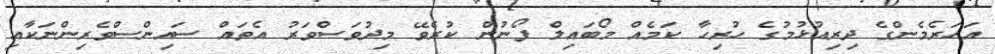
އަހަރެމެންގެ ދިރިއުޅުމުގެ ހުރިހާ ކަމެއް މޯބައިލް ފޯނުން ކުރެވޭ މިދުވަސްވަރު އެތައް ސައިންސްވެރިންނަކާއި